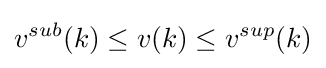
v^{sub}(k)\leq v(k)\leq v^{sup}(k)